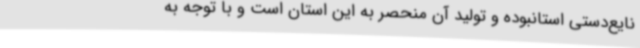
نایع‌دستی استانبوده و تولید آن منحصر به این استان است و با توجه به